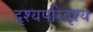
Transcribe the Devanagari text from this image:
दृश्यपरिदृश्य